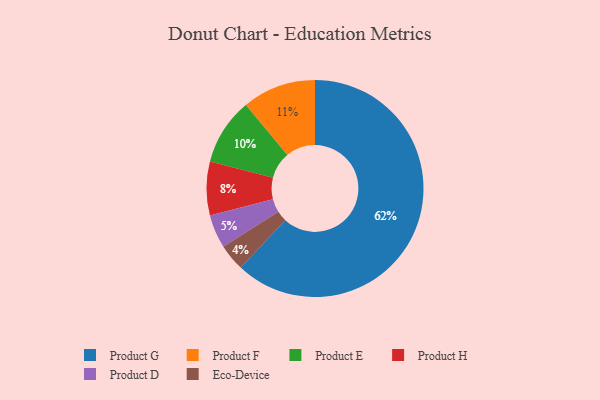
{"axis": {"x": "Category", "y": "Percentage"}, "legend": ["Eco-Device", "Product D", "Product E", "Product F", "Product G", "Product H"], "data": [{"x": "Product H", "y": 8, "type": "Product H"}, {"x": "Eco-Device", "y": 4, "type": "Eco-Device"}, {"x": "Product E", "y": 10, "type": "Product E"}, {"x": "Product G", "y": 62, "type": "Product G"}, {"x": "Product D", "y": 5, "type": "Product D"}, {"x": "Product F", "y": 11, "type": "Product F"}]}